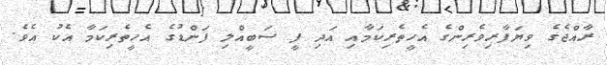
ރާއްޖެގެ ވިޔަފާރިވެރިންގެ އެހީތެރިކަމާއި އަދި ފީ ސަބީއްލި ފަންޑުގެ އެހީތެރިކަމާ އެކު އެވެ.